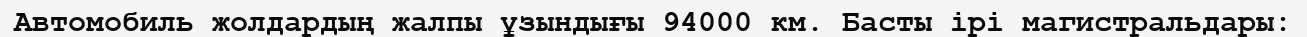
Автомобиль жолдардың жалпы ұзындығы 94000 км. Басты ірі магистральдары: